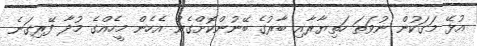
އުޅޭ މަގަކުން ނުވަތަ ހަތިޔާރާއި ބާރުގެ ބޭނުންކޮށްގެން އެހެން މީހެއްގެ މުދާ ފޭރިގަނެ